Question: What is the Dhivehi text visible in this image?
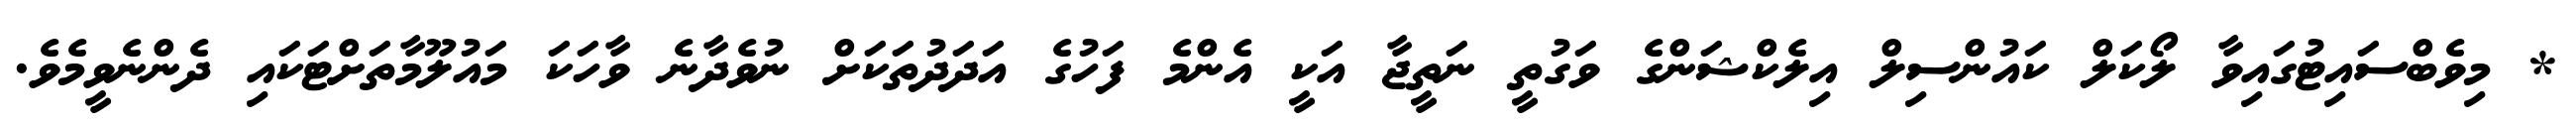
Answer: * މިވެބްސައިޓުގައިވާ ލޯކަލް ކައުންސިލް އިލެކްޝަންގެ ވަގުތީ ނަތީޖާ އަކީ އެންމެ ފަހުގެ އަދަދުތަކަށް ނުވެދާނެ ވާހަކަ މައުލޫމާތަށްޓަކައި ދެންނެވީމެވެ.